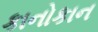
કાનોકાન